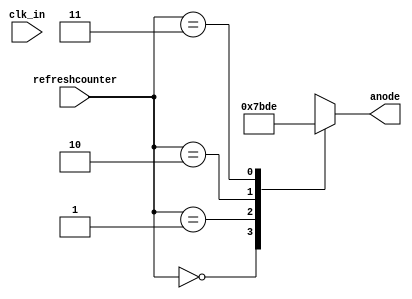
`timescale 1ns / 1ps
//////////////////////////////////////////////////////////////////////////////////
// Company: 
// Engineer: 
// 
// Design Name: 
// Module Name: anode_control
// Project Name: 
// Target Devices: 
// Tool Versions: 
// Description: 
// 
// Dependencies: 
// 
// Revision:
// Revision 0.01 - File Created
// Additional Comments:
// 
//////////////////////////////////////////////////////////////////////////////////


module anode_control(
input [1:0] refreshcounter, input clk_in,
output reg [3:0] anode = 0
    );
    
 always @ (clk_in)
    begin 
    case (refreshcounter)
     2'd0:
        anode = 4'b0111;
     2'd1:
        anode = 4'b1011;
     2'd2:
       anode = 4'b1101;
     2'd3:
        anode = 4'b1110;
      endcase 
     end 
endmodule